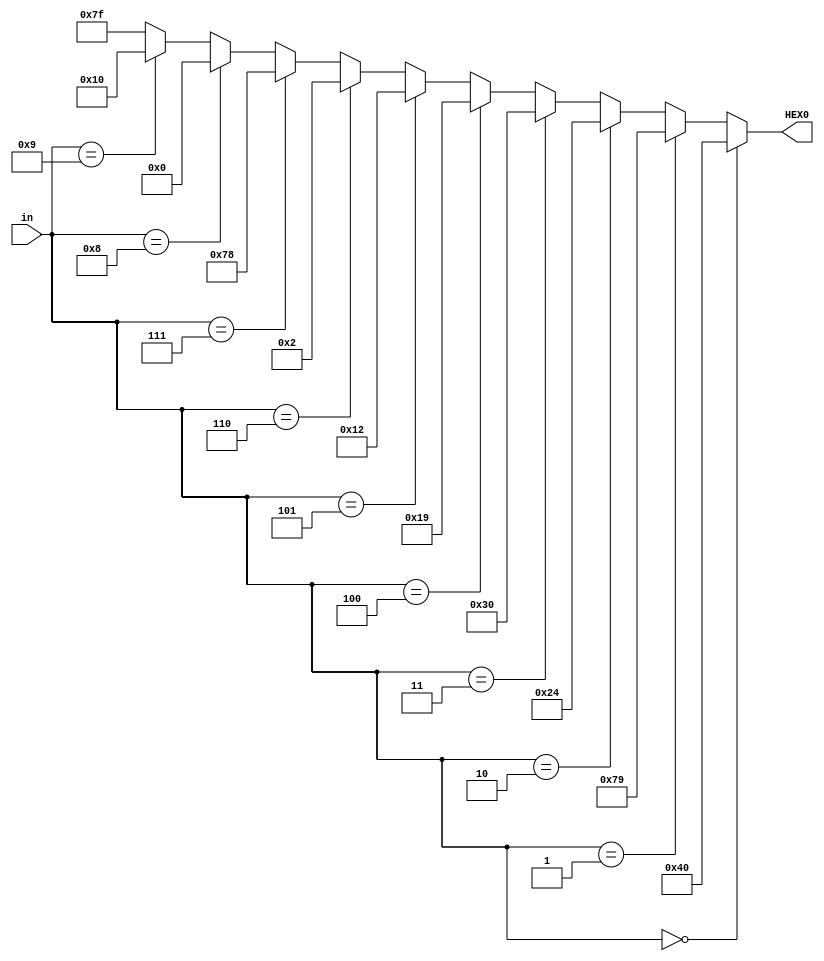
module seven_seg(input [3:0] in, output reg [6:0] HEX0);

always@(*) begin

if(in == 4'b0000)
    HEX0 = 7'b1000000;

else if(in == 4'b0001)
    HEX0 = 7'b1111001;

 else if(in == 4'b0010)
    HEX0 = 7'b0100100;

 else if(in == 4'b0011)
    HEX0 = 7'b0110000;

 else if(in == 4'b0100)
    HEX0 = 7'b0011001;

else if(in == 4'b0101)
    HEX0 = 7'b0010010;

else if(in == 4'b0110)
    HEX0 = 7'b0000010;

else if(in == 4'b0111)
    HEX0 = 7'b1111000;

else if(in == 4'b1000)
    HEX0 = 7'b0000000;

else if(in == 4'b1001)
    HEX0 = 7'b0010000;

else
    HEX0 = 7'b1111111;

end

endmodule